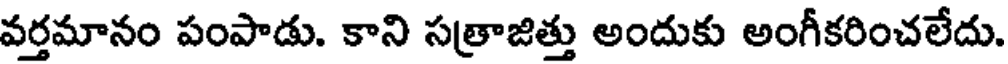
వర్తమానం పంపాడు. కాని సత్రాజిత్తు అందుకు అంగీకరించలేదు.